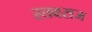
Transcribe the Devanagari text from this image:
स्तवराज